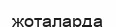
жоталарда